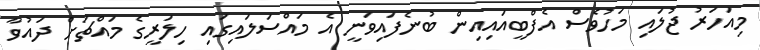
މިއަހަރު ޖުލައި މަހުވެސް އެފްބީއައިއިން ބުނެފައިވަނީ އެ މައްސަލައިގައި ހިލަރީގެ މައްޗަށް ދައުވާ